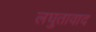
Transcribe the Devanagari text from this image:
लघुतावाद